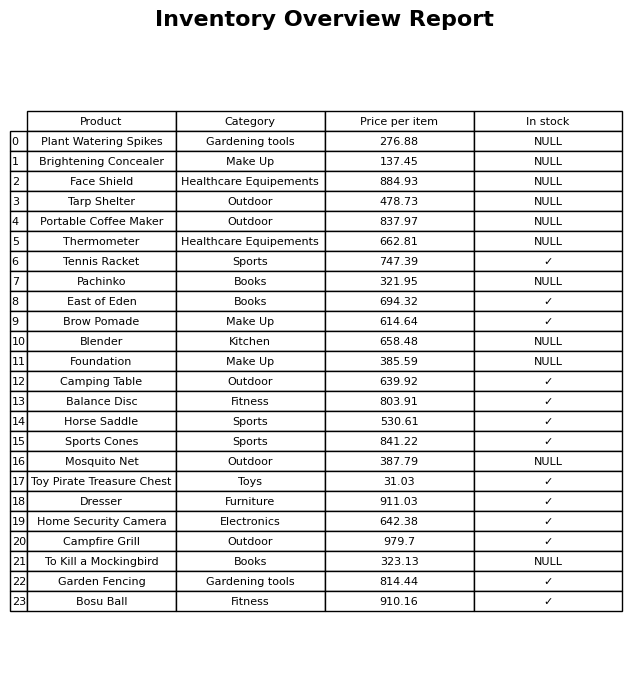
question: What is the price for Foundation?
answer: The price of Foundation is 385.59.